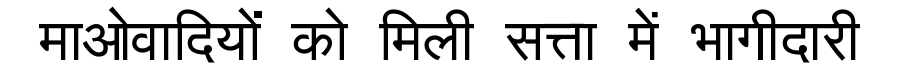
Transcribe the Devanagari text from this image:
माओवादियों को मिली सत्ता में भागीदारी